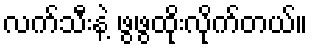
လက်သီးနဲ့ ဖွဖွထိုးလိုက်တယ်။